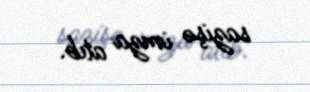
sazişə imza atıb.